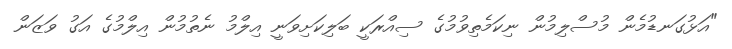
"އަޅުގަނޑުމެން މުސްލިމުން ނިކަމެތިވުމުގެ ސިއްރަކީ ބަލިކަށިވަނީ އިލްމު ނެތުމުން އިލްމުގެ އަގު ވަޒަން